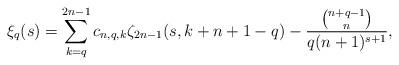
LaTeX: \begin{align*}\xi_q(s)=\sum_{k=q}^{2n-1}c_{n,q,k}\zeta_{2n-1}(s, k+n+1-q)-\frac{\binom{n+q-1}{ n}}{ q(n+1)^{s+1}},\end{align*}